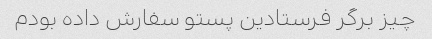
چیز برگر فرستادین پستو سفارش داده بودم